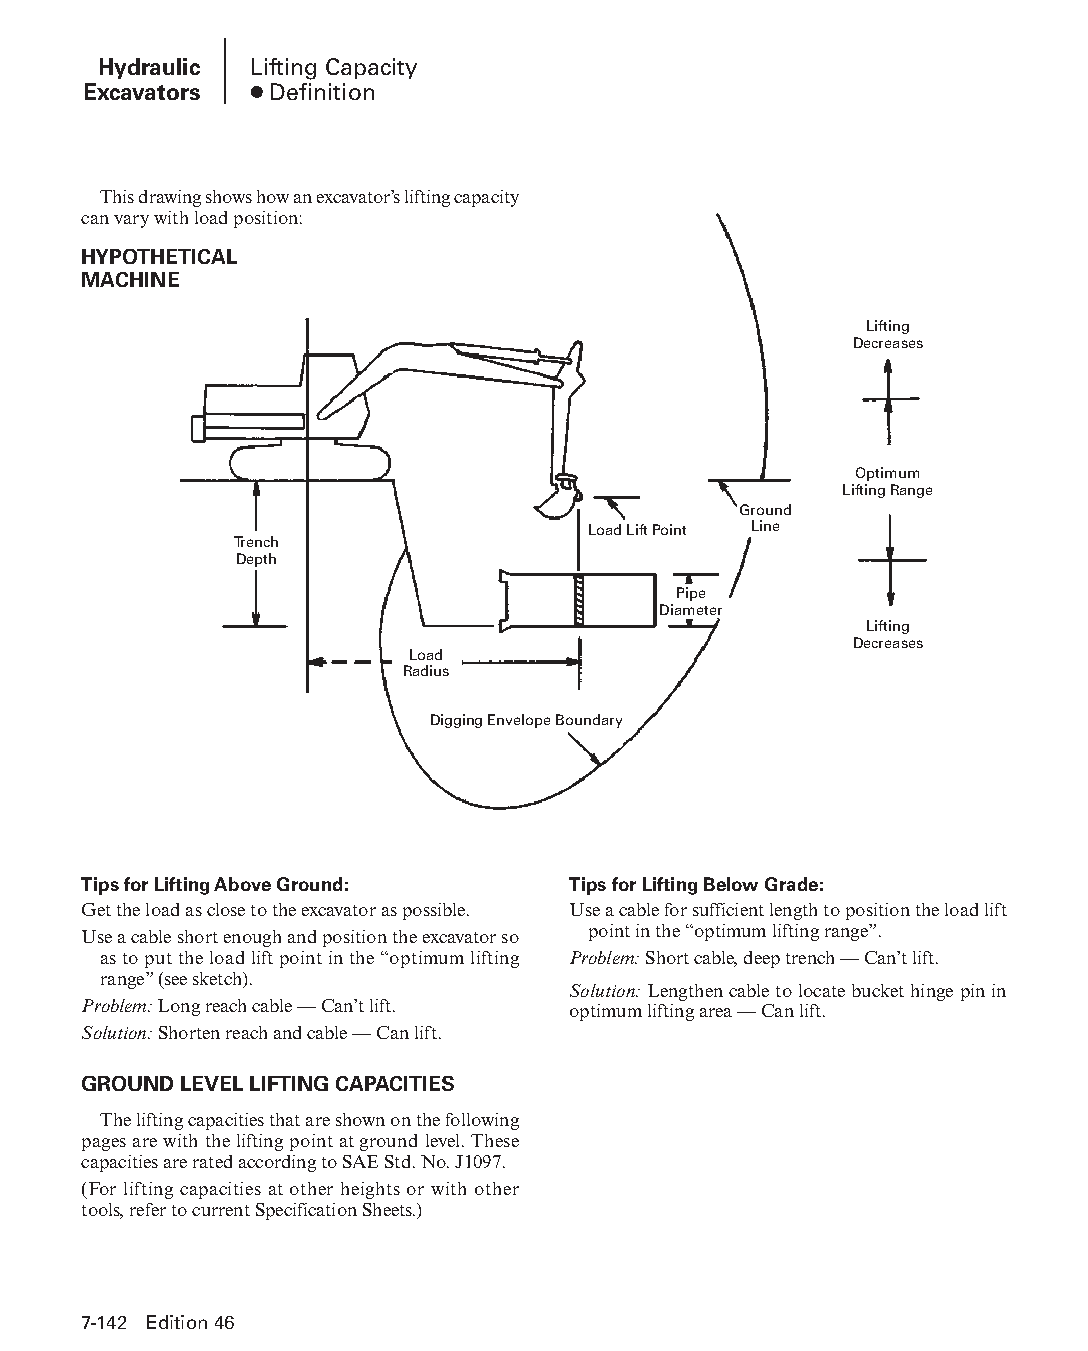
Hydraulic Lifting Capacity
 Excavators ● Definition
 This drawing shows how an excavator’s lifting capacity
 can vary with load position:
 HYPOTHETICAL
 MACHINE
 Lifting
 Decreases
 Optimum
 Lifting Range
 Ground
 Load Lift Point Line
 Trench
 Depth
 Pipe
 Diameter
 Lifting
 Decreases
 Load
 Radius
 Digging Envelope Boundary
 Tips for Lifting Above Ground:  Tips for Lifting Below Grade:
 Get the load as close to the excavator as possible. Use a cable for sufficient length to position the load lift
 Use a cable short enough and position the excavator so point in the “optimum lifting range”.
 as to put the load lift point in the “optimum lifting Problem: Short cable, deep trench — Can’t lift.
 range” (see sketch).
 Solution: Lengthen cable to locate bucket hinge pin in
 Problem: Long reach cable — Can’t lift. optimum lifting area — Can lift.
 Solution: Shorten reach and cable — Can lift.
 GROUND LEVEL LIFTING CAPACITIES
 The lifting capacities that are shown on the following
 pages are with the lifting point at ground level. These
 capacities are rated according to SAE Std. No. J1097.
 (For lifting capacities at other heights or with other
 tools, refer to current Specification Sheets.)
 7-142 Edition 46
 PPHHBB--SSeecc0077--HHyyddrraauulliiccEExxccaavvaattoorrss((ppgg114411--224422))..iinndddd 114422 1122//44//1155 1100::3366 AAMM